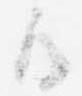
御